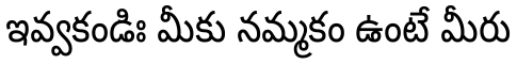
ఇవ్వకండిః మీకు నమ్మకం ఉంటే మీరు